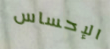
الإحساس